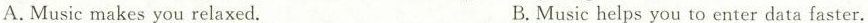
A.Music makes you relaxed. B.Music helps you to enter data faster.